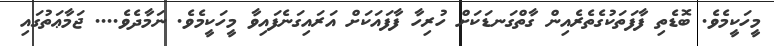
މީހަކީމެވެ. ބޮޑެތި ފާފަތަކުގެތެރެއިން ގާތްގަނޑަކަށް ހުރިހާ ފާފައަކަށް އަރައިގަނެފައިވާ މީހަކީމެވެ. ނަމާދެވެ.... ޖަމާޢަތުގައި